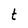
Character: t